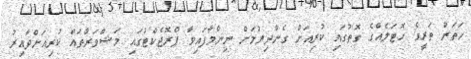
ހަތަރު ތަރީގެ ހޮޓަލެއްގެ ގޮތުގައި ކުރިއަށް ގެންދިޔުމަށް ނިންމާފައިވާ ޕްރޮޖެކްޓުގައި މަޝްވަރާތައް ކުރިއަށްދާއިރު